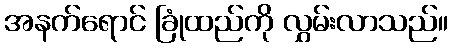
အနက်ရောင် ခြုံထည်ကို လွှမ်းလာသည်။